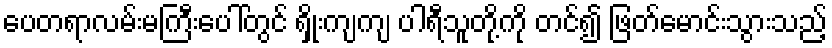
ပေတရာလမ်းမကြီးပေါ်တွင် ရှိုးကျကျ ပါရီသူတို့ကို တင်၍ ဖြတ်မောင်းသွားသည့်